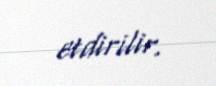
etdirilir.